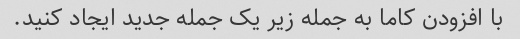
با افزودن کاما به جمله زیر یک جمله جدید ایجاد کنید.